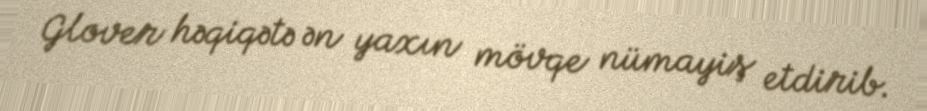
Glover həqiqətə ən yaxın mövqe nümayiş etdirib.